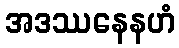
အဒဿနေနဟံ